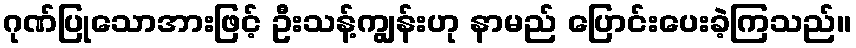
ဂုဏ်ပြုသောအားဖြင့် ဦးသန့်ကျွန်းဟု နာမည် ပြောင်းပေးခဲ့ကြသည်။